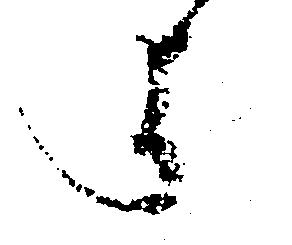
よ